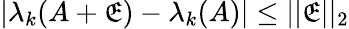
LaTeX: |\lambda_{k}(A+\mathfrak{E})-\lambda_{k}(A)|\leq\vert\vert\mathfrak{E}\vert\vert_{2}